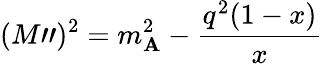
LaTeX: (M")^{2}=m_{\mathbf{A}}^{2}-\frac{{q^{2}(1-x)}}{{x}}